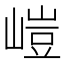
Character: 嵦